Report of the Indian Hemp Drugs Commission, 1894-1895 - Volume VII
Year: 1894
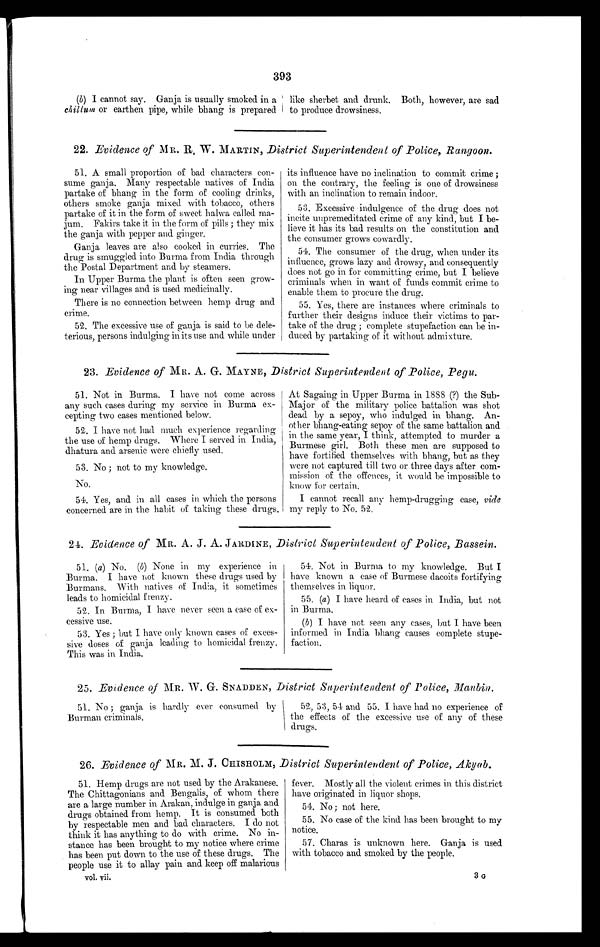
393
(b) I cannot say. Ganja is usually smoked in a
chillum or earthen pipe, while bhang is prepared
like sherbet and drunk. Both, however, are sad
to produce drowsiness.
22. Evidence of MR. R , W. MARTIN, District Superintendent of Police, Rangoon.
51.A small proportion of bad characters con-
sume ganja. Many respectable natives of India
partake of bhang in the form of cooling drinks,
others smoke ganja mixed with tobacco, others
partake of it in the form of sweet halwa called ma-
jum. Fakirs take it in the form of pills ; they mix
the ganja with pepper and ginger.
Ganja leaves are also cooked in curries. The
drug is smuggled into Burma from India through
the Postal Department and by steamers.
In Upper Burma the plant is often seen grow-
ing near villages and is used medicinally.
There is no connection between hemp drug and
crime.
52.The excessive use of ganja is said to be dele-
terious, persons indulging in its use and while under
its influence have no inclination to commit crime ;
on the contrary, the feeling is one of drowsiness
with an inclination to remain indoor.
53.Excessive indulgence of the drug does not
incite unpremeditated crime of any kind, but I be-
lieve it has its bad results on the constitution and
the consumer grows cowardly.
54.The consumer of the drug, when under its
influence, grows lazy and drowsy, and consequently
does not go in for committing crime, but I believe
criminals when in want of funds commit crime to
enable them to procure the drug.
55.Yes, there are instances where criminals to
further their designs induce their victims to par-
take of the drug ; complete stupefaction can be in-
duced by partaking of it without admixture.
23. Evidence of MR. A. G. MAYNE, District Superintendent of Police, Pegu.
51. Not in Burma. I have not come across
any such cases during my service in Burma ex-
cepting two cases mentioned below.
52.I have not had much experience regarding
the use of hemp drugs. Where I served in India,
dhatura and arsenic were chiefly used.
53.No ; not to my knowledge.
No.
54. Yes, and in all cases in which the persons
concerned are in the habit of taking these drugs.
At Sagaing in Upper Burma in 1888 (?) the Sub-
Major of the military police battalion was shot
dead by a sepoy, who indulged in bhang. An-
other bhang-eating sepoy of the same battalion and
in the same year, I think, attempted to murder a
Burmese girl. Both these men are supposed to
have fortified themselves with bhang, but as they
were not captured till two or three days after com-
mission of the offences, it would be impossible to
know for certain.
I cannot recall any hemp-drugging case, vide
my reply to No. 52.
24. Evidence of MR. A. J. A. JARDINE, District Superintendent of Police, Bassein.
51.(a) No. (b) None in my experience in
Burma. I have not known these drugs used by
Burmans. With natives of India, it sometimes
leads to homicidal frenzy.
52. In Burma, I have never seen a case of ex-
cessive use.
53. Yes ; but I have only known cases of exces-
sive doses of ganja leading to homicidal frenzy.
This was in India.
54.Not in Burma to my knowledge. But I
have known a case of Burmese dacoits fortifying
themselves in liquor.
55.(a) I have heard of cases in India, but not
in Burma.
(b) I have not seen any cases, but I have been
informed in India bhang causes complete stupe-
faction.
25. Evidence of MR. W.G. SNADDEN, District Superintendent of Police, Maubin.
51. No ; ganja is hardly ever consumed by.
Burman criminals.
52, 53, 51 and 55. I have had no experience of
the effects of the excessive use of any of these
drugs.
26. Evidence of MR. M. J. CHISHOLM, District Superintendent of Police, Akyab.
51. Hemp drugs are not used by the Arakanese.
The Chittagonians and Bengalis, of whom there
are a large number in Arakan, indulge in ganja and
drugs obtained from hemp. It is consumed both
by respectable men and bad characters. I do not
think it has anything to do with crime. No in-
stance has been brought to my notice where crime
has been put down to the use of these drugs. The
people use it to allay pain and keep off malarious
vol. vii.
fever. Mostly all the violent crimes in this district
have originated in liquor shops.
54.No; not here.
55.No case of the kind has been brought to my
notice.
57. Charas is unknown here. Ganja is used
with tobacco and smoked by the people.
3 G